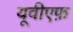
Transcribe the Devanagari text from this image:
यूवीएफ़